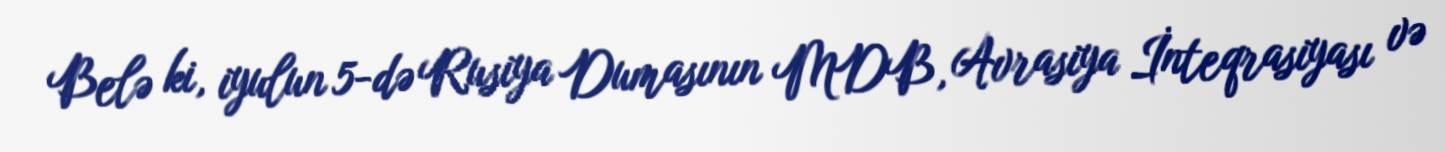
Belə ki, iyulun 5-də Rusiya Dumasının MDB, Avrasiya İnteqrasiyası və